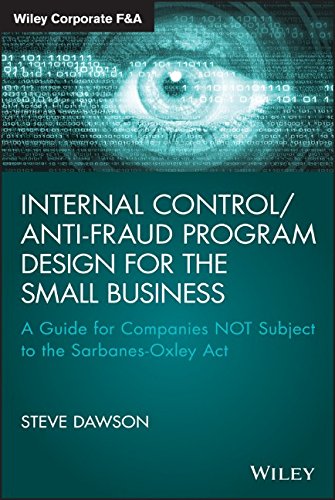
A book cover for Internal Control/Anti-Fraud Program Design for the Small Business: A Guide for Companies NOT Subject to the Sarbanes-Oxley Act (Wiley Corporate F&A); Steve Dawson; Business & Money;